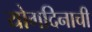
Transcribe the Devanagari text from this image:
योगदिनाची